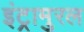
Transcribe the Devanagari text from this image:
इंट्रामुरल